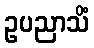
ဥပညာသိံ